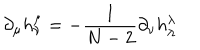
\partial _ { \mu } h _ { \nu } ^ { \mu } = - \frac { 1 } { N - 2 } \partial _ { \nu } h _ { \lambda } ^ { \lambda }